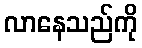
လာနေသည်ကို